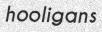
hooligans